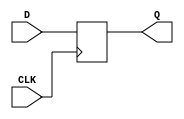
`timescale 1ns / 1ps

module ALUOut(
  input CLK,
  input [31:0] D,
  output reg [31:0] Q
    );
  always @(negedge CLK) 
    begin
        Q<=D;
    end
endmodule